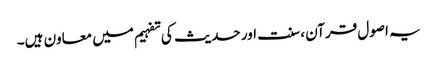
یہ اصول قرآن ، سنت اور حدیث کی تفہیم میں معاون ہیں۔